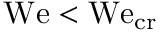
\mathrm { W e } < \mathrm { W e } _ { \mathrm { c r } }